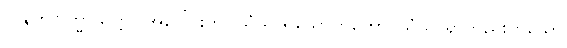
လူနတ်ဗြဟ္မာသတ္တဝါအပေါင်းကို။ သံသာရသောတတော၊ သံသာရာတည်းဟူသော